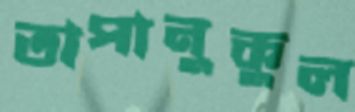
তাপানুকুল